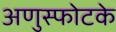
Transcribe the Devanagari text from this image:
अणुस्फोटके